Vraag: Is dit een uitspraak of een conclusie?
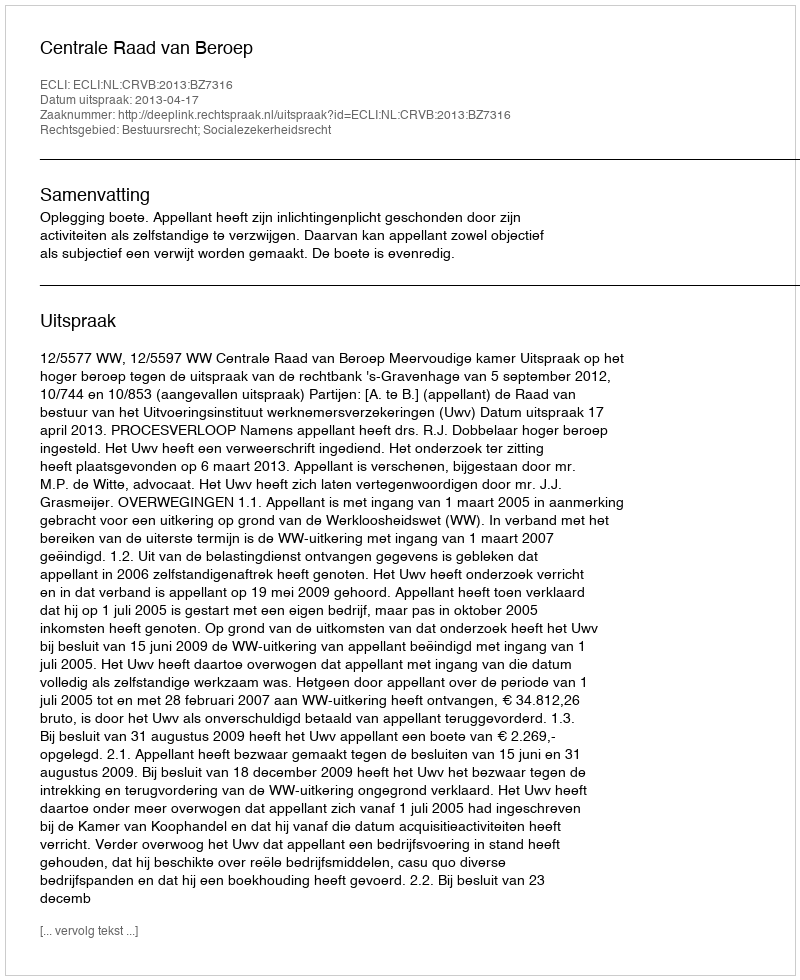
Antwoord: Uitspraak